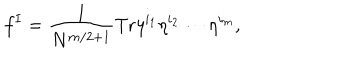
f ^ { I } = \frac { 1 } { N ^ { m / 2 + 1 } } \mathrm { T r } \eta ^ { i _ { 1 } } \eta ^ { i _ { 2 } } \cdots \eta ^ { i _ { m } } ,